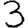
Digit: 3